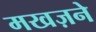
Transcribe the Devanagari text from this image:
मखज़ने